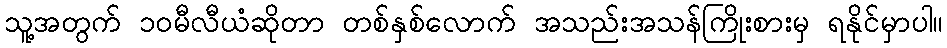
သူ့အတွက် ၁၀မီလီယံဆိုတာ တစ်နှစ်လောက် အသည်းအသန်ကြိုးစားမှ ရနိုင်မှာပါ။